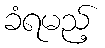
ခံရမည့်